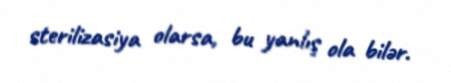
sterilizasiya olarsa, bu yanlış ola bilər.